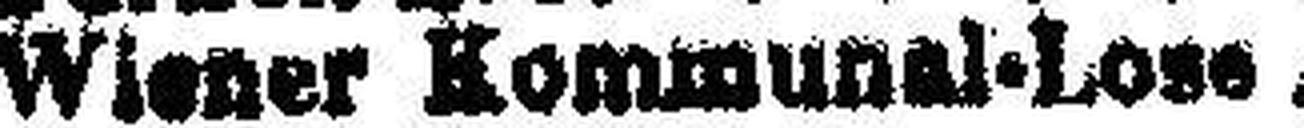
Wiener Kommunal-Lose